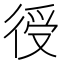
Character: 𢔏